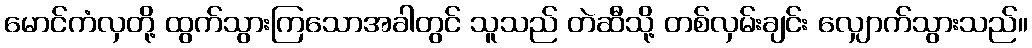
မောင်ကံလှတို့ ထွက်သွားကြသောအခါတွင် သူသည် တဲဆီသို့ တစ်လှမ်းချင်း လျှောက်သွားသည်။